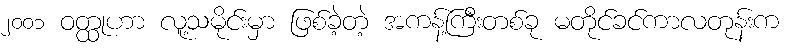
၂၀၀၁ ဝတ္ထုဟာ လူ့သမိုင်းမှာ ဖြစ်ခဲ့တဲ့ အကန့်ကြီးတစ်ခု မတိုင်ခင်ကာလတုန်းက